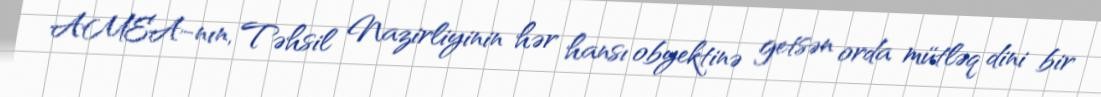
AMEA-nın, Təhsil Nazirliyinin hər hansı obyektinə getsən orda mütləq dini bir